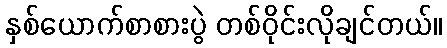
နှစ်ယောက်စာစားပွဲ တစ်ဝိုင်းလိုချင်တယ်။